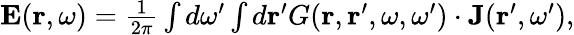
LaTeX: \begin{array}{r}{{\mathbf E}({\mathbf r},\omega)=\frac{1}{2\pi}\int d\omega^{\prime}\int d{\mathbf r}^{\prime}G({\mathbf r},{\mathbf r}^{\prime},\omega,\omega^{\prime})\cdot{\mathbf J}({\mathbf r}^{\prime},\omega^{\prime}),}\end{array}